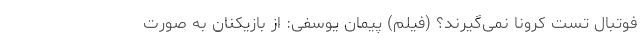
فوتبال تست کرونا نمی‌گیرند؟ (فیلم) پیمان یوسفی: از بازیکنان به صورت